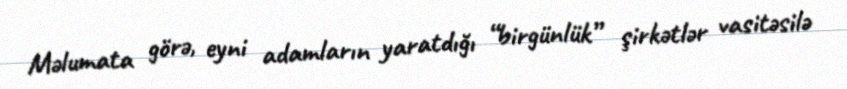
Məlumata görə, eyni adamların yaratdığı “birgünlük” şirkətlər vasitəsilə